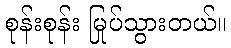
စုန်းစုန်း မြုပ်သွားတယ်။